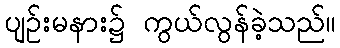
ပျဉ်းမနား၌ ကွယ်လွန်ခဲ့သည်။